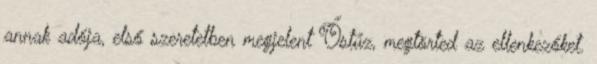
annak adója, első szeretetben megjelent Őstűz, megtörted az ellenkezőket.